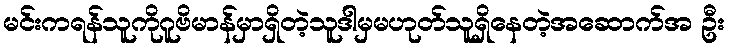
မင်းကရန်သူကိုဂူဗိမာန်မှာရှိတဲ့သူဒါမှမဟုတ်သူရှိနေတဲ့အဆောက်အ ဦး